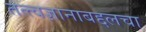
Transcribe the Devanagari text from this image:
तत्त्वज्ञानाबद्दलचा